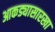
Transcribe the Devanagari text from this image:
आकड्यासारखा